Annual returns of the Patna Lunatic Asylum at Bankipore in Bihar and Orissa - 1912-1924
Year: 1912
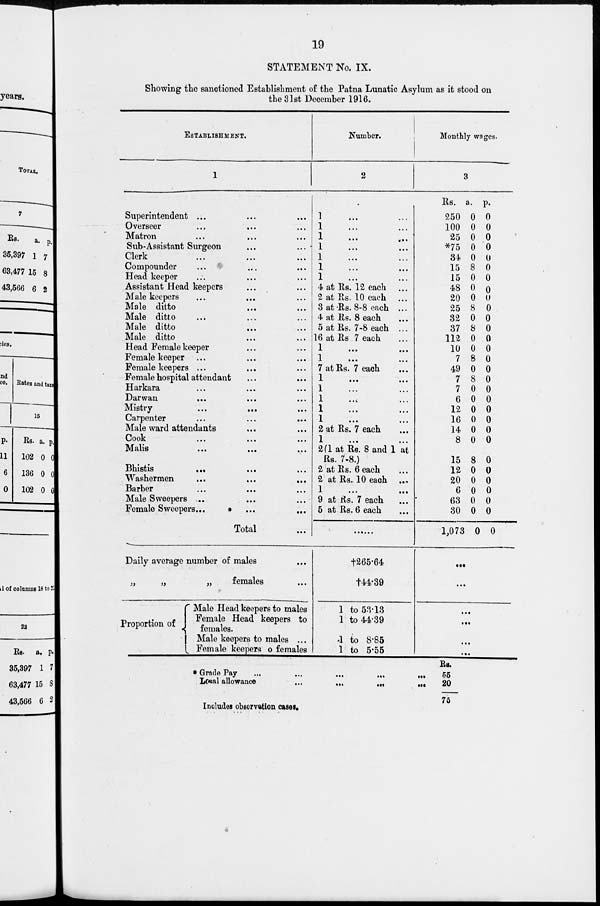
19
STATEMENT No. IX.
Showing the sanctioned Establishment of the Patna Lunatic Asylum as it stood on
the 31st December 1916.
ESTABLISHMENT.
1
Superintendent ... ... ...
Overseer ... ... ...
Matron ... ... ...
Sub-Assistant Surgeon
...
...
Clerk ... ... ...
Compounder ... ... ...
Head keeper ... ... ...
Assistant Head keepers ... ...
Male keepers ... ... ...
Male ditto ... ...
Male ditto ... ... ...
Male ditto ... ...
Male ditto ... ...
Head Female keeper ... ...
Female keeper ... ... ...
Female keepers ... ... ...
Female hospital attendant ... ...
Harkara
...
...
...
Darwan
... ... ...
Mistry
...
...
...
Carpenter
...
...
...
Male ward attendants ... ...
Cook ... ... ...
Malis
...
...
...
Bhistis
...
... ...
Washermen
...
...
...
Barber ... ... ...
Male Sweepers ... ... ...
Female Sweepers... ... ...
Total ...
Daily average number of males ...
„
„
„
females ...
Proportion of
Male Head keepers to males
Female Head keepers to
females.
Male keepers to males ...
Female keepers to females
Number.
2
1
...
...
1
...
...
1 ... ...
1 ... ...
1
...
...
1 ... ...
1 ... ...
4 at Rs. 12 each ...
2 at Rs. 10 each ...
3 at Rs. 8-8 each ...
4 at Rs. 8 each ...
5 at Rs. 7-8 each ...
16 at Rs 7 each ...
1 ... ...
1 ... ...
7 at Rs. 7 each ...
1 ... ...
1 ... ...
1 ... ...
1 ... ...
1 ... ...
2 at Rs. 7 each ...
1 ... ...
2(1 at Rs. 8 and 1 at
Rs. 7-8.)
2 at Rs. 6 each ...
2 at Rs. 10 each ...
1
9 at Rs. 7 each ...
5 at Rs. 6 each ...
......
†265.64
†44.39
1 to 53.13
1 to 44.39
1 to 8.85
1 to 5.55
Monthly wages.
3
Rs.
250
100
25
*75
34
15
15
48
20
25
32
37
112
10
7
49
7
7
6
12
16
14
8
15
12
20
6
63
30
1,073
a.
0
0
0
0
0
8
0
0
0
8
0
8
0
0
8
0
8
0
0
0
0
0
0
8
0
0
0
0
0
0
p.
0
0
0
0
0
0
0
0
0
0
0
0
0
0
0
0
0
0
0
0
0
0
0
0
0
0
0
0
0
0
...
...
...
...
...
...
* Grade Pay ... ... ... ... ...
Local allowance
...
...
...
...
Rs.
55
20
75
Includes observation cases.